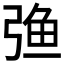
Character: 𰐚